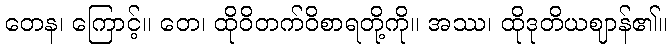
တေန၊ ကြောင့်။ တေ၊ ထိုဝိတက်ဝိစာရတို့ကို။ အဿ၊ ထိုဒုတိယဈာန်၏။